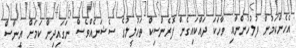
އެހެންކަމުން ފުލުހުންނާއި ވާހަކަ ދައްކައިގެން ފޮރެންސިކް ތަހުލީލުގެ ސެޝަނެއްވެސް ނަގައިދިން ކަމަށް އީނާސް